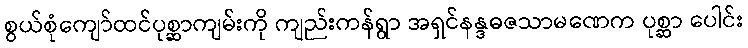
စွယ်စုံကျော်ထင်ပုစ္ဆာကျမ်းကို ကျည်းကန်ရွာ အရှင်နန္ဒဓဇသာမဏေက ပုစ္ဆာ ပေါင်း